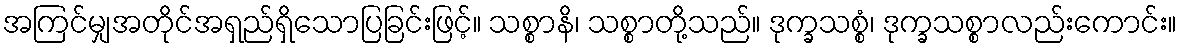
အကြင်မျှအတိုင်အရှည်ရှိသောပြခြင်းဖြင့်။ သစ္စာနိ၊ သစ္စာတို့သည်။ ဒုက္ခသစ္စံ၊ ဒုက္ခသစ္စာလည်းကောင်း။